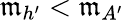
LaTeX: \mathfrak{m}_{h^{\prime}}<\mathfrak{m}_{A^{\prime}}